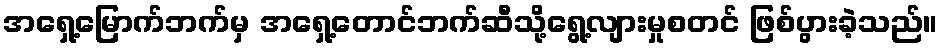
အရှေ့မြောက်ဘက်မှ အရှေ့တောင်ဘက်ဆီသို့ရွေ့လျားမှုစတင် ဖြစ်ပွားခဲ့သည်။